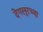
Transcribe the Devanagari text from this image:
देगलूरच्या